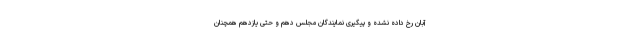
آبان رخ داده نشده و پیگیری نمایندگان مجلس دهم و حتی یازدهم همچنان